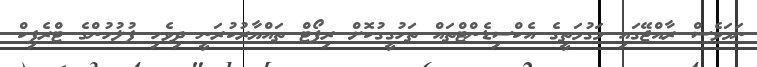
ނަމަވެސް ރާއްޖޭގައި މަގުމަތީގެ އެކްސިޑެންޓްތައް ތަހުގީގުކޮށް ރިޕޯޓް ތައްޔާރުކުރަނީ ދިވެހި ފުލުހުންގެ ޓްރެފިކް